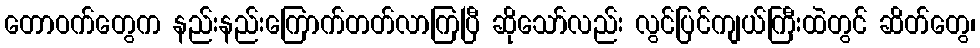
တောဝက်တွေက နည်းနည်းကြောက်တတ်လာကြပြီ ဆိုသော်လည်း လွင်ပြင်ကျယ်ကြီးထဲတွင် ဆိတ်တွေ၊